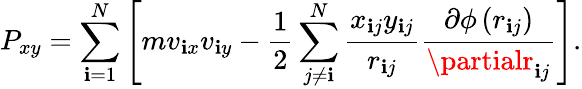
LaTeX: P_{xy}=\sum_{\mathbf{i}=1}^{N}\left[mv_{\mathbf{i}x}v_{\mathbf{i}y}-\frac{{1}}{{2}}\sum_{j\neq\mathbf{i}}^{N}\frac{{x_{\mathbf{i}j}y_{\mathbf{i}j}}}{{r_{\mathbf{i}j}}}\frac{{\partial\phi\left(r_{\mathbf{i}j}\right)}}{{\partialr_{\mathbf{i}j}}}\right].